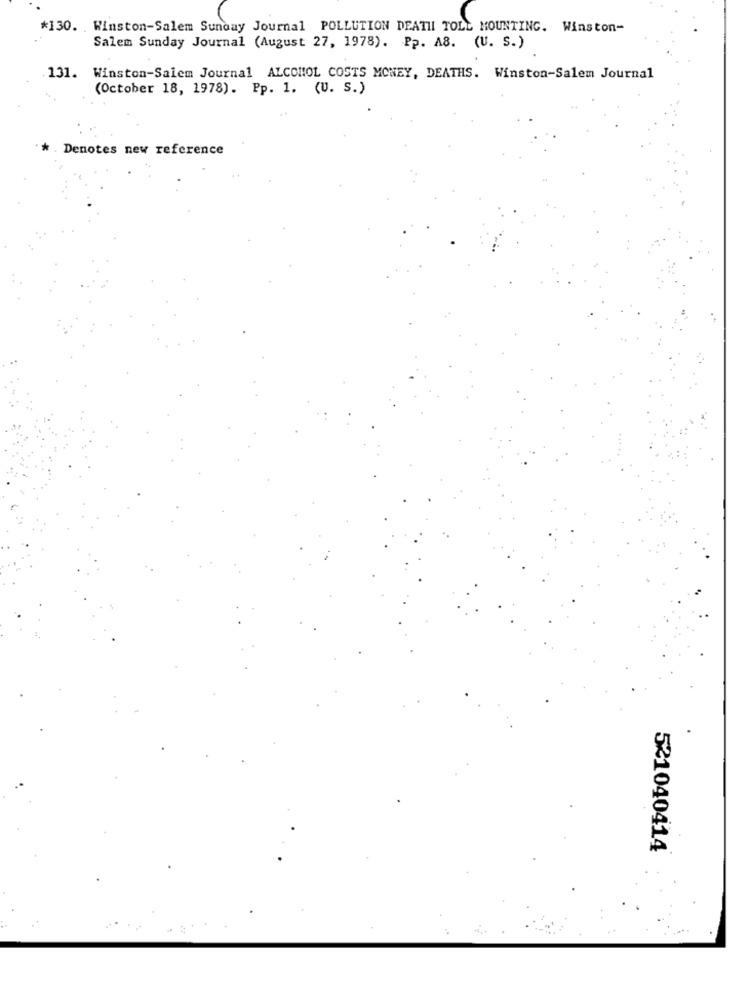
*130. Winston-Salem Sunday Journal POLLUTION DEATH TOLL MOUNTING. Winston-
Salem Sunday Journal (August 27, 1978). Pp. A8. (U. S.)
131. Winston-Salem Journal ALCOHOL COSTS MONEY, DEATHS. Winston-Salem Journal
(October 18, 1978). Pp. 1. (U. S.)
Denotes new reference
521040414